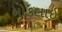
મોકલાઇ